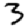
Digit: 3